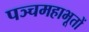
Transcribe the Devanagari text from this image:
पञ्चमहाभूतों